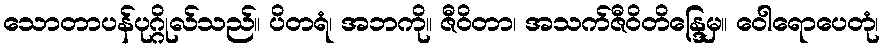
သောတာပန်ပုဂ္ဂိုလ်သည်။ ပိတရံ၊ အဘကို။ ဇီဝိတာ၊ အသက်ဇီဝိတိန္ဒြေမှ။ ဝေါရောပေတုံ၊